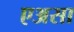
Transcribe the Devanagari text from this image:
एअसा